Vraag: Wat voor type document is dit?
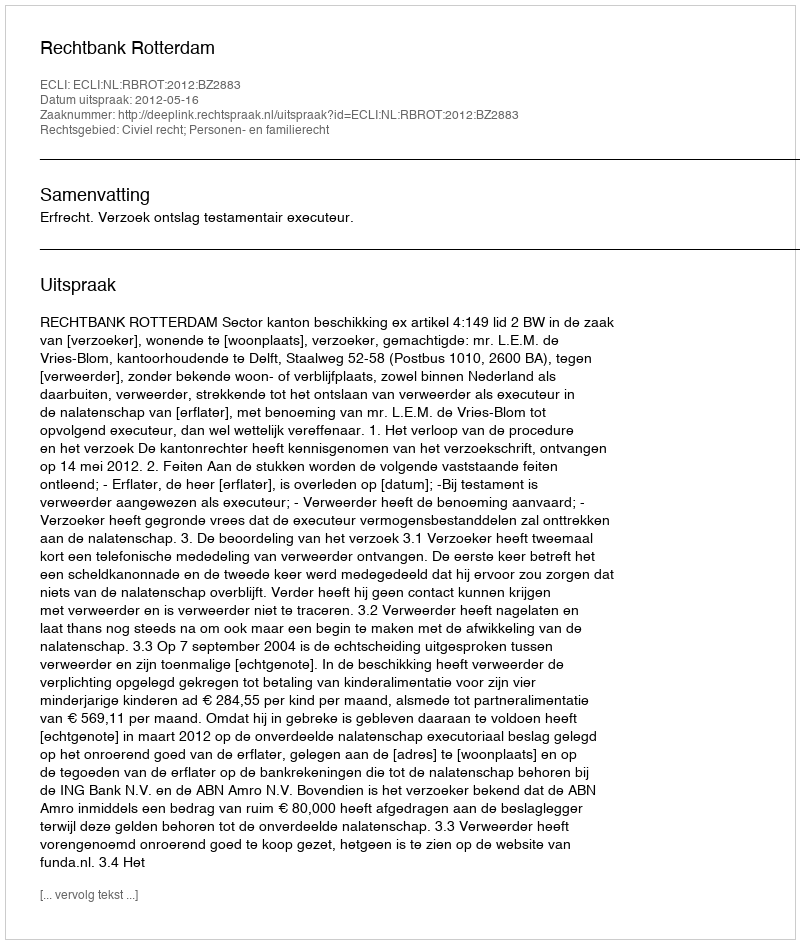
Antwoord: Uitspraak